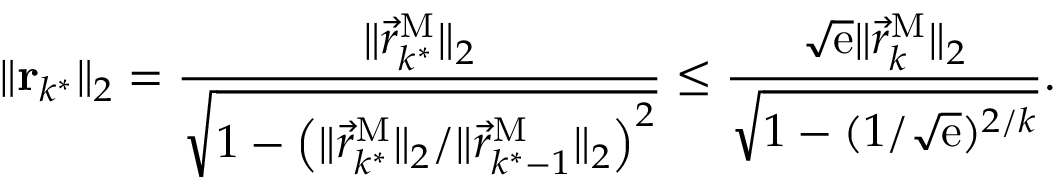
\| \mathbf { r } _ { k ^ { * } } \| _ { 2 } = \frac { \| \vec { r } _ { k ^ { * } } ^ { \mathrm { M } } \| _ { 2 } } { \sqrt { 1 - \left( \| \vec { r } _ { k ^ { * } } ^ { \mathrm { M } } \| _ { 2 } / \| \vec { r } _ { k ^ { * } - 1 } ^ { \mathrm { M } } \| _ { 2 } \right) ^ { 2 } } } \leq \frac { \sqrt { \mathrm { e } } \| \vec { r } _ { k } ^ { \mathrm { M } } \| _ { 2 } } { \sqrt { 1 - ( 1 / \sqrt { \mathrm { e } } ) ^ { 2 / k } } } .